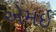
એમઇ